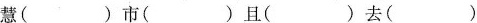
慧( )市( )且( )去( )